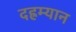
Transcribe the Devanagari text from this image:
दह्रम्यान